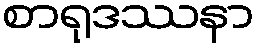
စာရုဒဿနာ